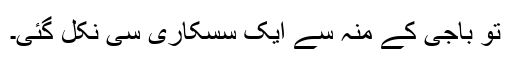
تو باجی کے منہ سے ایک سسکاری سی نکل گئی۔